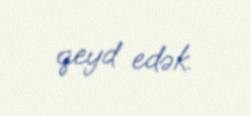
qeyd edək.